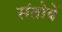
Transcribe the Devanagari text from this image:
संतोषें